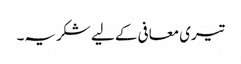
تیری معافی کے لیے شکریہ۔